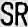
SR